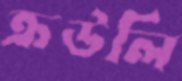
ক্রউলি